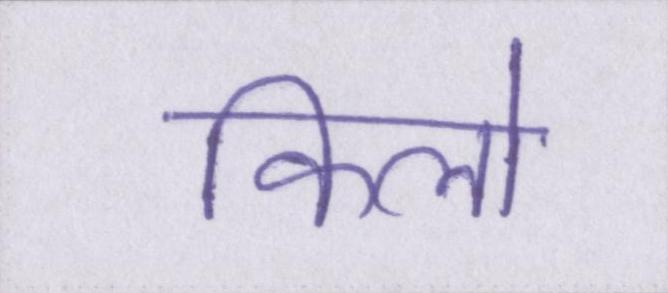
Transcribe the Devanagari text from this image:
किलो